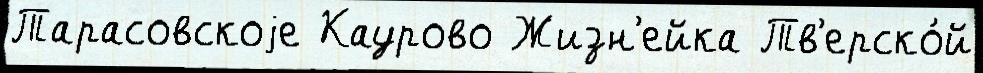
Тарасовскоjе Каурово Жизн'ейка Тв'ерско́й